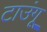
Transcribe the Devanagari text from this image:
टाउंगू